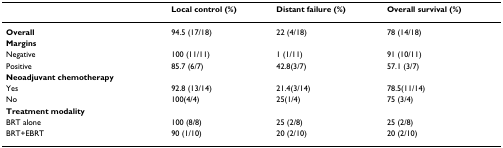
<table><thead><tr><td></td><td><b>Local control (%)</b></td><td><b>Distant failure (%)</b></td><td><b>Overall survival (%)</b></td></tr></thead><tbody><tr><td><b>Overall</b></td><td>94.5 (17/18)</td><td>22 (4/18)</td><td>78 (14/18)</td></tr><tr><td><b>Margins</b></td><td></td><td></td><td></td></tr><tr><td>Negative</td><td>100 (11/11)</td><td>1 (1/11)</td><td>91 (10/11)</td></tr><tr><td>Positive</td><td>85.7 (6/7)</td><td>42.8(3/7)</td><td>57.1 (3/7)</td></tr><tr><td><b>Neoadjuvant chemotherapy</b></td><td></td><td></td><td></td></tr><tr><td>Yes</td><td>92.8 (13/14)</td><td>21.4(3/14)</td><td>78.5(11/14)</td></tr><tr><td>No</td><td>100(4/4)</td><td>25(1/4)</td><td>75 (3/4)</td></tr><tr><td><b>Treatment modality</b></td><td></td><td></td><td></td></tr><tr><td>BRT alone</td><td>100 (8/8)</td><td>25 (2/8)</td><td>25 (2/8)</td></tr><tr><td>BRT+EBRT</td><td>90 (1/10)</td><td>20 (2/10)</td><td>20 (2/10)</td></tr></tbody></table>